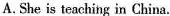
A.She is teaching in China.